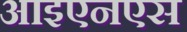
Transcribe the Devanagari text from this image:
आइएनएस